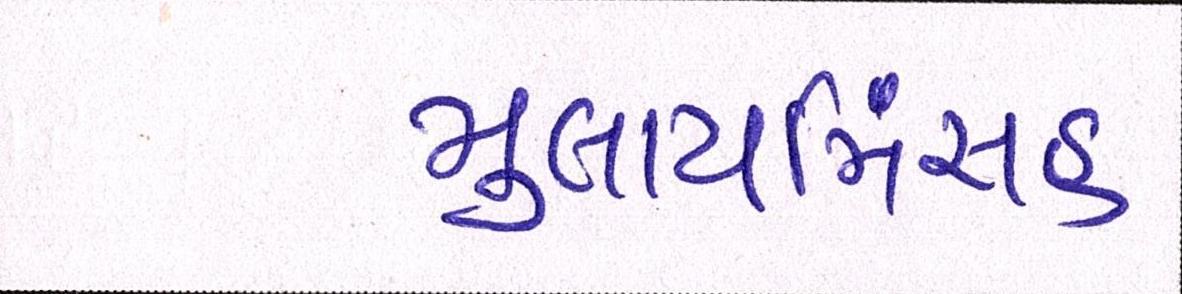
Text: મુલાયમિંસહ